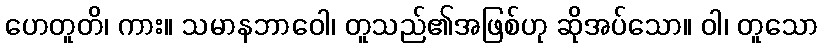
ဟေတူတိ၊ ကား။ သမာနဘာဝေါ၊ တူသည်၏အဖြစ်ဟု ဆိုအပ်သော။ ဝါ၊ တူသော